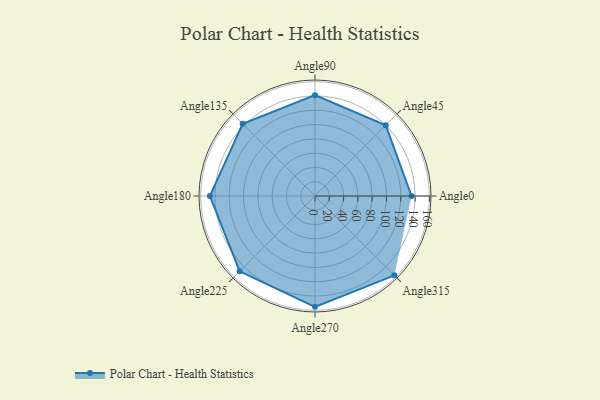
{"axis": {"x": "Angle", "y": "Radius"}, "legend": [""], "data": [{"x": "Angle0", "y": 135.0, "type": ""}, {"x": "Angle45", "y": 140.0, "type": ""}, {"x": "Angle90", "y": 141.0, "type": ""}, {"x": "Angle135", "y": 143.0, "type": ""}, {"x": "Angle180", "y": 147.0, "type": ""}, {"x": "Angle225", "y": 149.0, "type": ""}, {"x": "Angle270", "y": 155.0, "type": ""}, {"x": "Angle315", "y": 157.0, "type": ""}]}